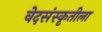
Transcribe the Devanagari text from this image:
वेदसंस्कृतीला